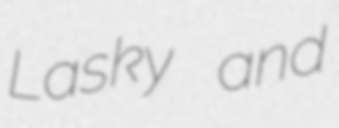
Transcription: Lasky and